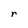
Character: r